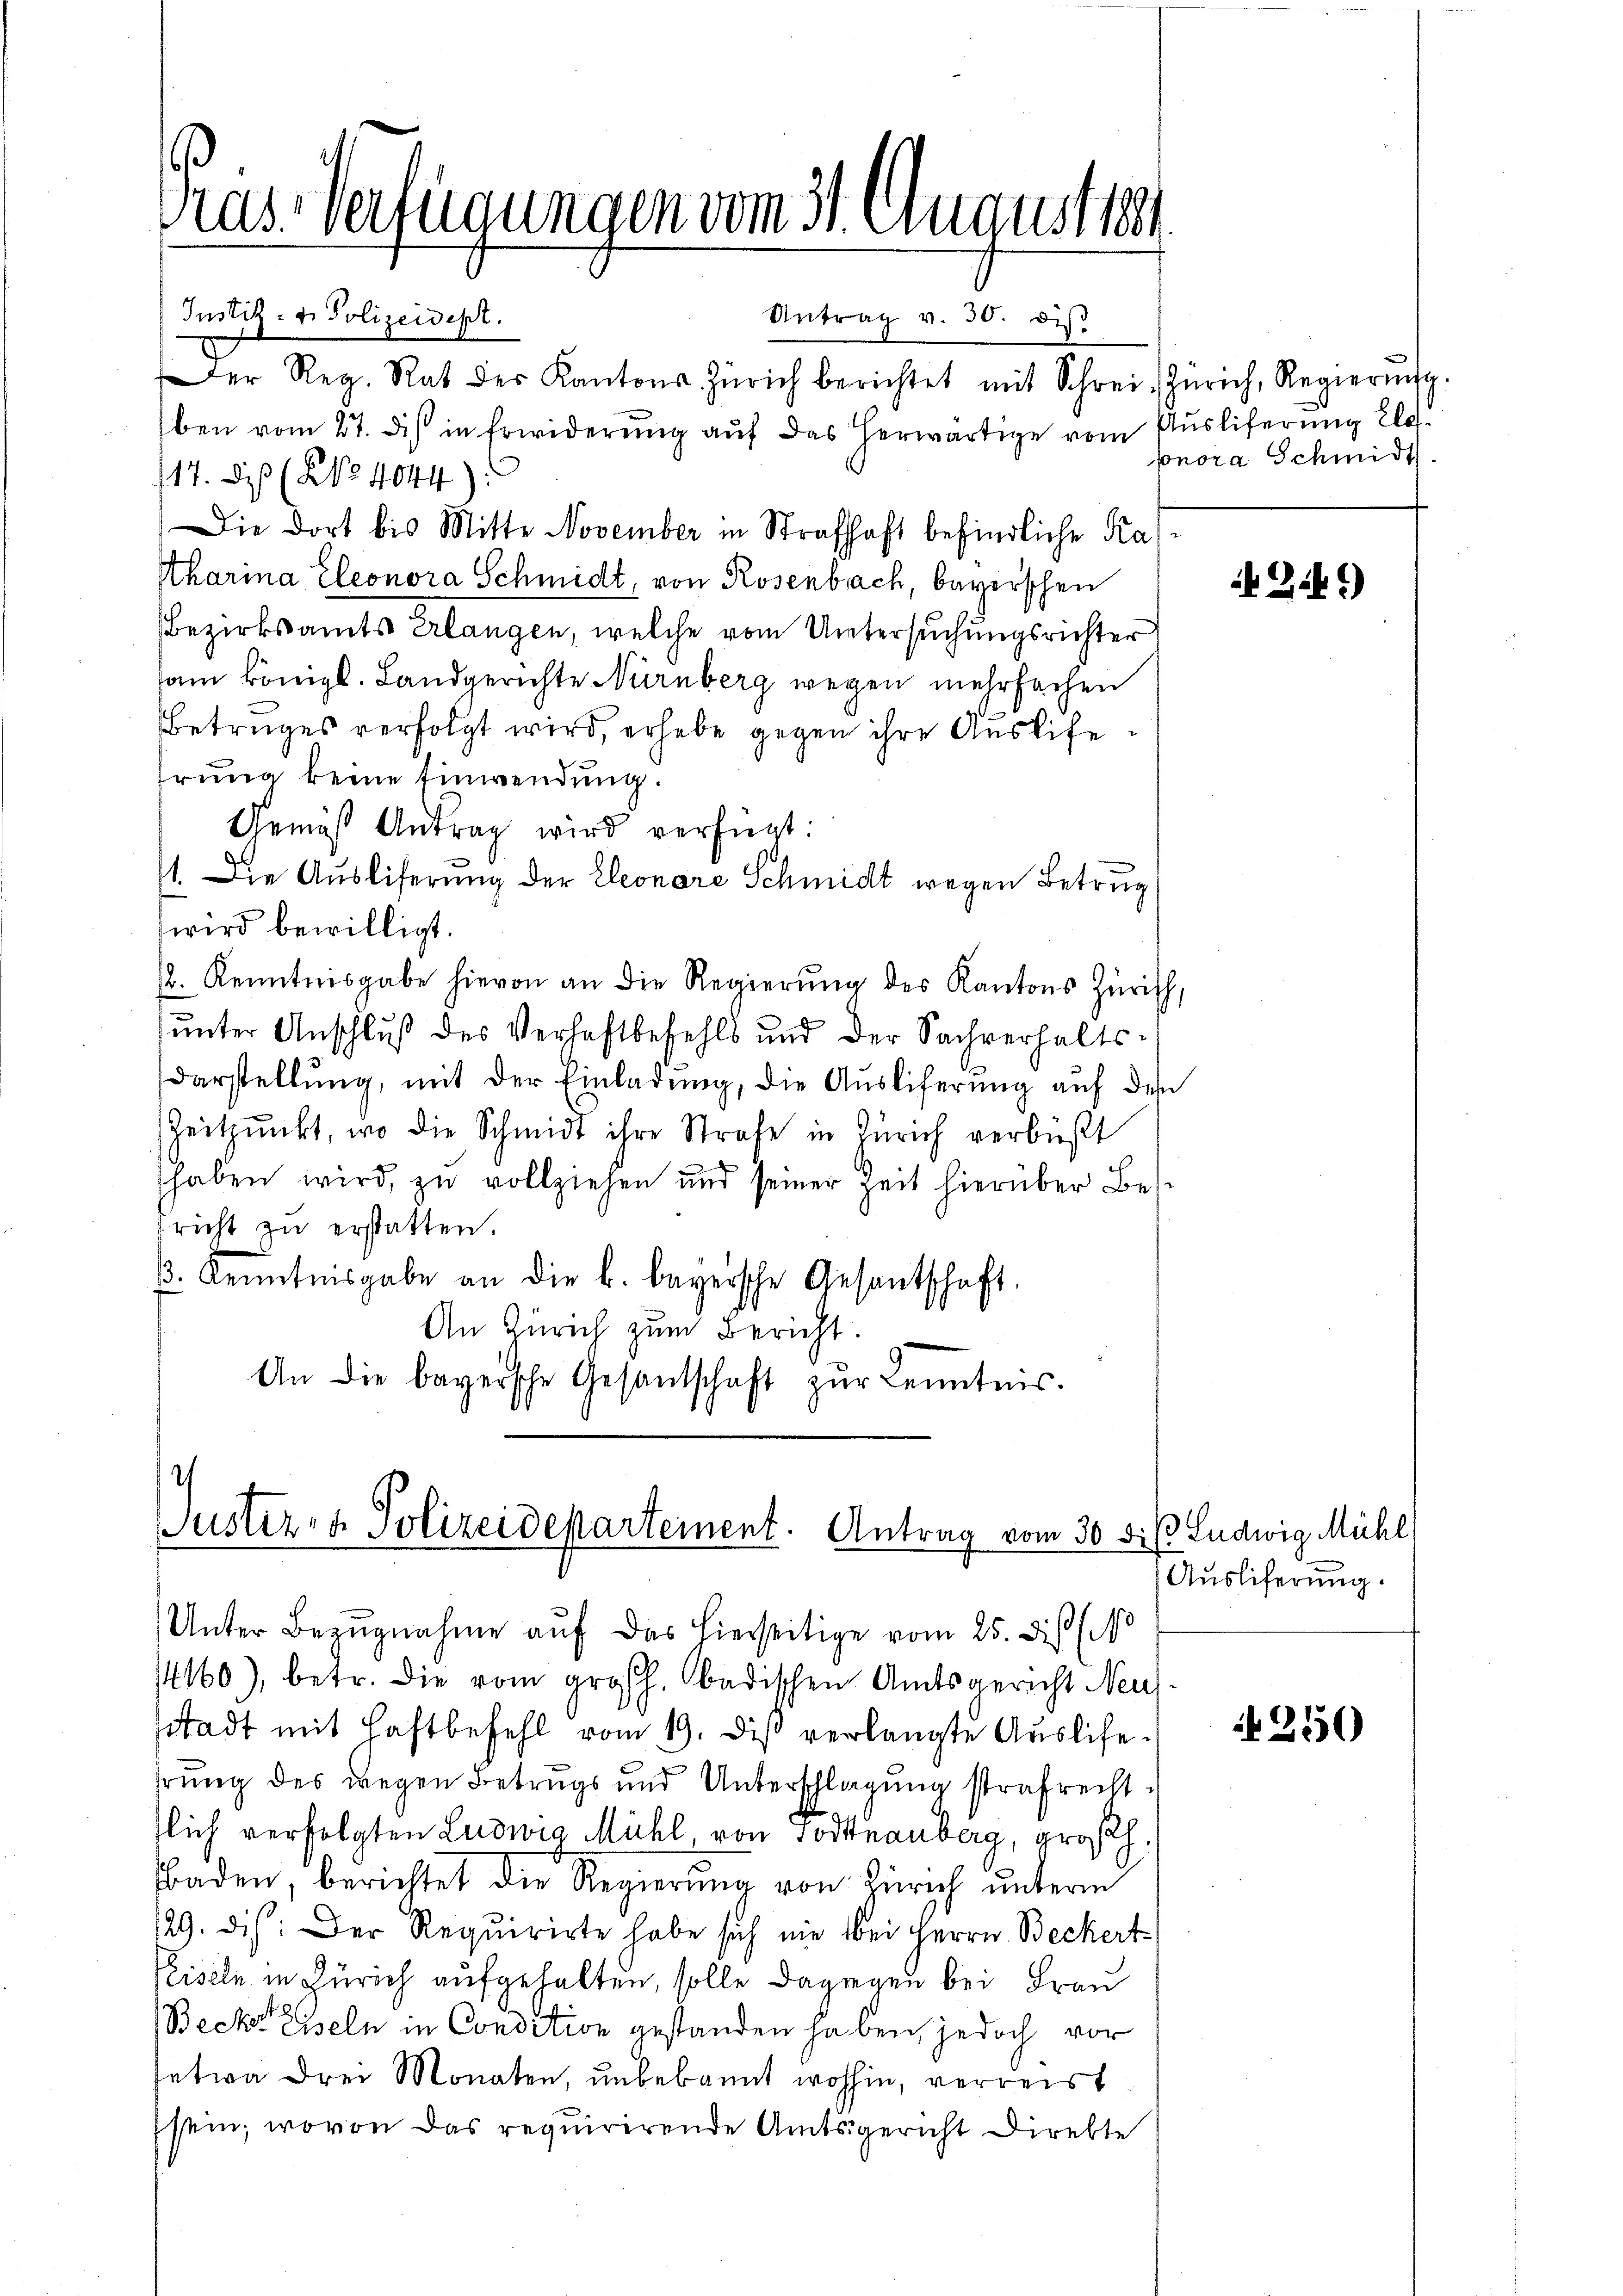
ras Verfügungen vom 31. August 1891
Institz- u. Polizeidept.
Antrag v. 30. dis

Der Reg. Rat der Kantons Zürich berichtet mit Schrei Zürich, Regierung.
ben vom 27. di in Erwiderung auf das herwärtige vom Ausliferung Ele
117. diß (NNo. 4044):
Die dort bis Mitte November in Strafhaft befindliche Kraf
Ttharina Eleonora Schmidt, von Rosenbach, bayerschen
Bezirksamts Erlangen, welche vom Untersuchungsrichter
sam königl. Landgerichte Nürnberg wegen mehrfachen
Betruges verfolgt wird, erhebe gegen ihre Auslifehrung keine Einwendung.
Gemäß Antrag wird verfügt:
1. Die Ausliferung der Eleonare Schmidt wegen Betrug
wird bewilligt.
. Kenntnisgabe hievon an die Regierŭng des Kantons Zürich,
ŭnter Anschluß des Verhaftbefehls und der Sachverhalts-
Darstellŭng, mit der Einladung, die Auslieferung auf den
Zeitpunkt, wo die Schmidt ihre Strafe in Zürich verbüßt
shaben wird, zu vollziehen und seiner Zeit hierüber Bespricht zu erstatten.
. Kenntnisgabe an die k. bayersche Gesantschaft.
An Zürich zum Bericht.
An die bayersche Gesantschaft zŭr Kenntnis.

Justiz- & Polizeidepartement. Antrag vom 30 diß Ludwig Mühl

Unter Bezŭgnahme auf das hierseitige vom 25. diß (
4160), betr. die vom großh. badischen Amtsgericht Neu
stadt mit Haftbefehl vom 19. dieß verlangte Ausliehrung des wegen Betrugs und Unterschlagung strafrechtslich verfolgten Ludwig Mühl, von Todtnauberg, grosch
Baden, berichtet die Regierŭng von Zürich unterm
129. dis: Der Requirirte habe sich nie bei Herrn Beckert
Piseln in Zürich aufgehalten, solle dagegen bei Frau
Becke Eiseln in Consition gestanden haben, jedoch vor
setwa drei Monaten, unbekannt wohin, verreist
sein, wovon das requirirende Amtsgericht Direkte

sonora Schmidt.

b. Gib)

Auslieferung.

250